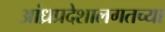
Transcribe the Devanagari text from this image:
आंध्रप्रदेशालगतच्या